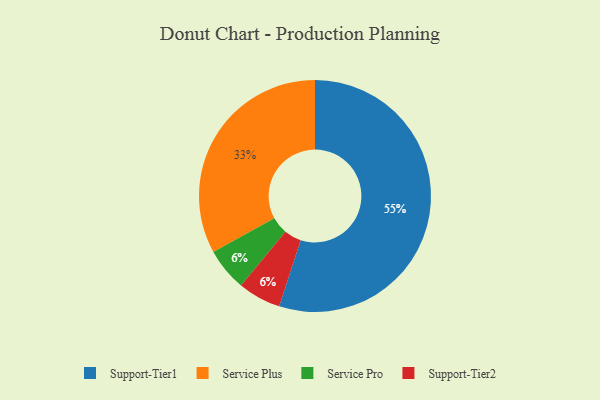
{"axis": {"x": "Category", "y": "Percentage"}, "legend": ["Service Plus", "Service Pro", "Support-Tier1", "Support-Tier2"], "data": [{"x": "Service Pro", "y": 6, "type": "Service Pro"}, {"x": "Support-Tier2", "y": 6, "type": "Support-Tier2"}, {"x": "Service Plus", "y": 33, "type": "Service Plus"}, {"x": "Support-Tier1", "y": 55, "type": "Support-Tier1"}]}